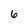
Character: 6